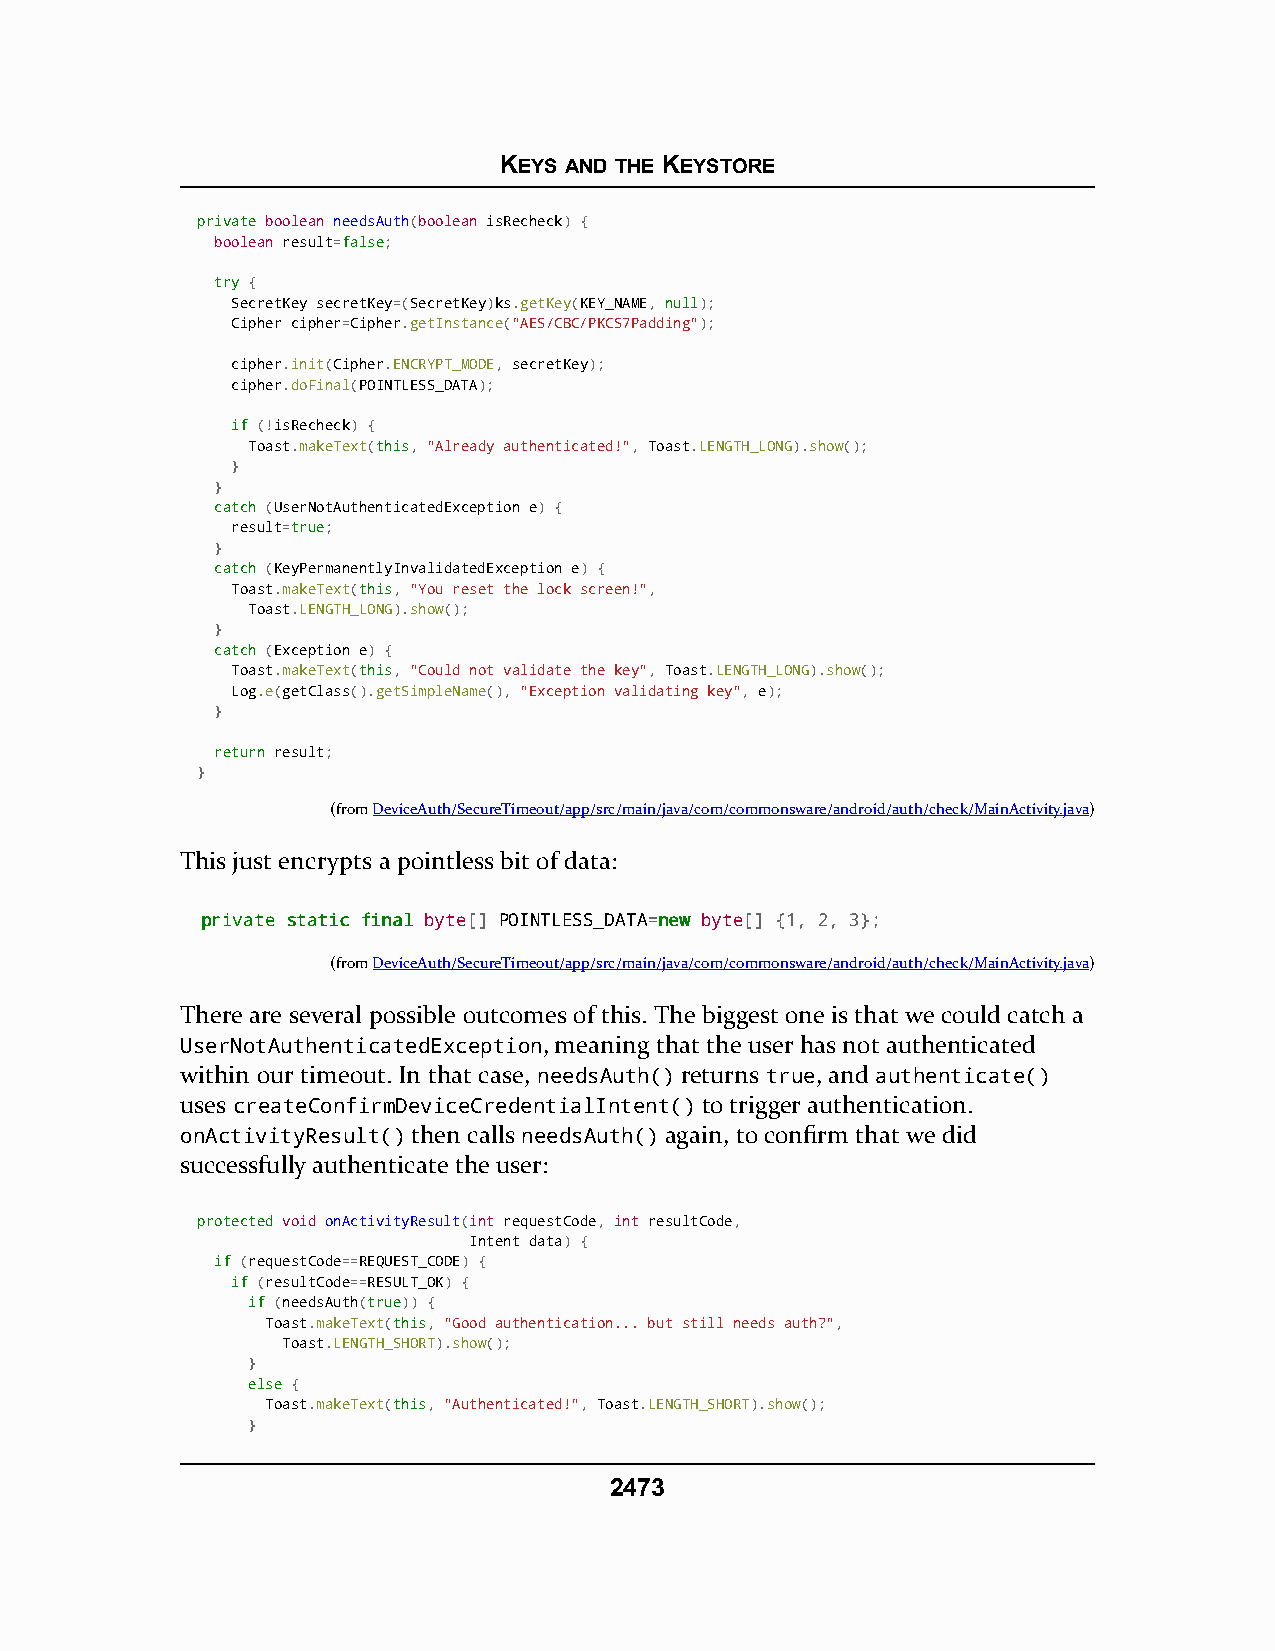
KEYS AND THE KEYSTORE
 pprriivvaattee boolean needsAuth(boolean isRecheck) {
 boolean result=ffaallssee;
 ttrryy {
 SecretKey secretKey=(SecretKey)ks.getKey(KEY_NAME, nnuullll);
 Cipher cipher=Cipher.getInstance("AES/CBC/PKCS7Padding");
 cipher.init(Cipher.ENCRYPT_MODE, secretKey);
 cipher.doFinal(POINTLESS_DATA);
 iiff (!isRecheck) {
 Toast.makeText(tthhiiss, "Already authenticated!", Toast.LENGTH_LONG).show();
 }
 }
 ccaattcchh (UserNotAuthenticatedException e) {
 result=ttrruuee;
 }
 ccaattcchh (KeyPermanentlyInvalidatedException e) {
 Toast.makeText(tthhiiss, "You reset the lock screen!",
 Toast.LENGTH_LONG).show();
 }
 ccaattcchh (Exception e) {
 Toast.makeText(tthhiiss, "Could not validate the key", Toast.LENGTH_LONG).show();
 Log.e(getClass().getSimpleName(), "Exception validating key", e);
 }
 rreettuurrnn result;
 }
 (fromDeviceAuth/SecureTimeout/app/src/main/java/com/commonsware/android/auth/check/MainActivity.java)
 This just encrypts a pointless bit of data:
 pprriivvaattee ssttaattiicc ffiinnaall byte[] POINTLESS_DATA=nneeww byte[] {1, 2, 3};
 (fromDeviceAuth/SecureTimeout/app/src/main/java/com/commonsware/android/auth/check/MainActivity.java)
 There are several possible outcomes of this. The biggest one is that we could catch a
 UserNotAuthenticatedException, meaning that the user has not authenticated
 within our timeout. In that case, needsAuth() returns true, and authenticate()
 uses createConfirmDeviceCredentialIntent() to trigger authentication.
 onActivityResult() then calls needsAuth() again, to confirm that we did
 successfully authenticate the user:
 pprrootteecctteedd void onActivityResult(int requestCode, int resultCode,
 Intent data) {
 iiff (requestCode==REQUEST_CODE) {
 iiff (resultCode==RESULT_OK) {
 iiff (needsAuth(ttrruuee)) {
 Toast.makeText(tthhiiss, "Good authentication... but still needs auth?",
 Toast.LENGTH_SHORT).show();
 }
 eellssee {
 Toast.makeText(tthhiiss, "Authenticated!", Toast.LENGTH_SHORT).show();
 }
 2473